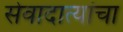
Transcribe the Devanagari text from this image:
सेवादात्यांचा